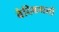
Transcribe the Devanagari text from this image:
वैदिकधर्मी